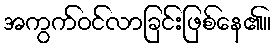
အကွက်ဝင်လာခြင်းဖြစ်နေ၏။